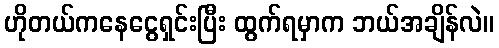
ဟိုတယ်ကနေငွေရှင်းပြီး ထွက်ရမှာက ဘယ်အချိန်လဲ။